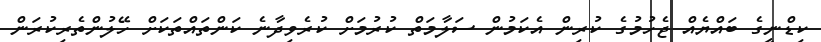
ކިޑްނީގެ ބައްޔެއް ޖެހުމުގެ ކުރިން އެކަމުން ސަލާމަތް ކުރުމަށް ކުރެވިދާނެ ކަންތައްތަކަށް ހޭލުންތެރިކުރަން